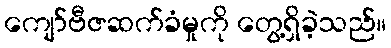
ကျော်ဗီဇဆက်ခံမှုကို တွေ့ရှိခဲ့သည်။